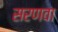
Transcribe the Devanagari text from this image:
सरणवा